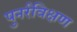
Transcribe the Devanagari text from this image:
पुनर्रविक्षण